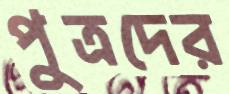
পুত্রদের